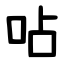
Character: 呫